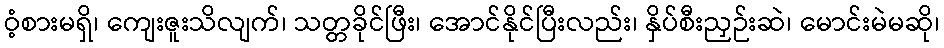
ဝံ့စားမရှိ၊ ကျေးဇူးသိလျက်၊ သတ္တခိုင်ဖြီး၊ အောင်နိုင်ပြီးလည်း၊ နှိပ်စီးညှဉ်းဆဲ၊ မောင်းမဲမဆို၊